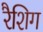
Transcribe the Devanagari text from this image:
रैशिग